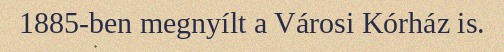
1885-ben megnyílt a Városi Kórház is.